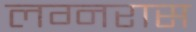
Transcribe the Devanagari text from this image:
लग्नरास